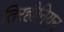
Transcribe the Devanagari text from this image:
तिरहीनियन